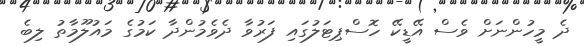
ދެ މީހުންނަށް ވެސް އޭޑީކޭ ހޮސްޕިޓަލުގައި ފަރުވާ ދެވެމުންދާ ކަމުގެ މައުލޫމާތު ލިބެ